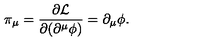
\pi _ { \mu } = \frac { \partial { \cal L } } { \partial ( \partial ^ { \mu } \phi ) } = \partial _ { \mu } \phi .